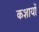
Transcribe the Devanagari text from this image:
कशायों